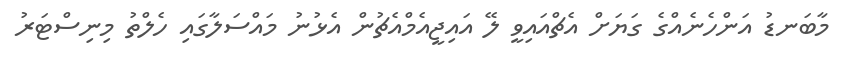
މާބަނޑު އަންހެނެއްގެ ގަޔަށް އެޗްއައިވީ ލޭ އައިޖީއެމްއެޗުން އެޅުނު މައްސަލާގައި ހެލްތު މިނިސްޓަރު